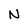
Character: N